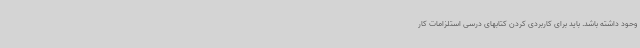
وحود داشته باشد. باید برای کاربردی کردن کتابهای درسی استلزامات کار